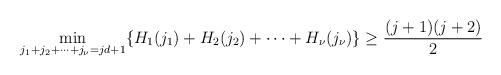
LaTeX: \begin{align*} \min\limits_{j_1 + j_2 + \dots + j_{\nu} = jd + 1} \{ H_1(j_1) + H_2(j_2) + \dots + H_{\nu}(j_{\nu}) \} \geq \frac{(j+1)(j+2)}{2} \end{align*}